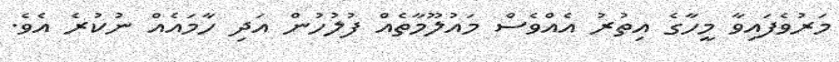
މަރުވެފައިވާ މީހާގެ އިތުރު އެއްވެސް މައުލޫމާތެއް ފުލުހުން އަދި ހާމައެއް ނުކުރެ އެވެ.